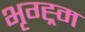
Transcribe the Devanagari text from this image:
भृग्ह्र्म